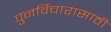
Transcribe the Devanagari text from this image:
पुनर्विचारासाठी